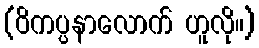
(ဝိကပ္ပနာလောက် ဟူလို။)